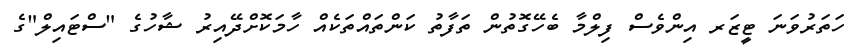
ހަތަރުވަނަ ޓީޒަރ އިންވެސް ފިލްމާ ބެހޭގޮތުން ތަފާތު ކަންތައްތަކެއް ހާމަކޮށްދޭއިރު ޝާހުގެ "ސްޓައިލް"ގެ